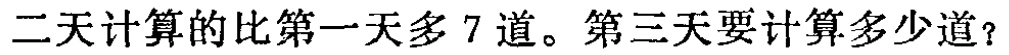
第二天计算的比第一天多 7 道。第三天要计算多少道？